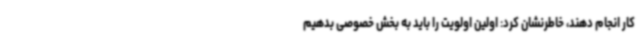
کار انجام دهند، خاطرنشان کرد: اولین اولویت را باید به بخش خصوصی بدهیم